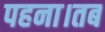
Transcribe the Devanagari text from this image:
पहना।तब